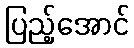
ပြည့်အောင်